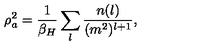
\rho _ { a } ^ { 2 } = { \frac { 1 } { \beta _ { H } } } \sum _ { l } { \frac { n ( l ) } { ( m ^ { 2 } ) ^ { l + 1 } } } ,